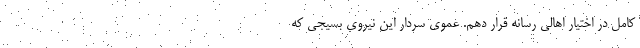
کامل در اختیار اهالی رسانه قرار دهم. عموی سردار این نیروی بسیجی که